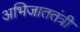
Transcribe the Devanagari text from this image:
अभिजाततंत्री